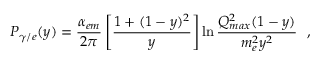
P _ { \gamma / e } ( y ) = \frac { \alpha _ { e m } } { 2 \pi } \left[ \frac { 1 + ( 1 - y ) ^ { 2 } } { y } \right] \ln \frac { Q _ { m a x } ^ { 2 } ( 1 - y ) } { m _ { e } ^ { 2 } y ^ { 2 } } \: \: \: ,